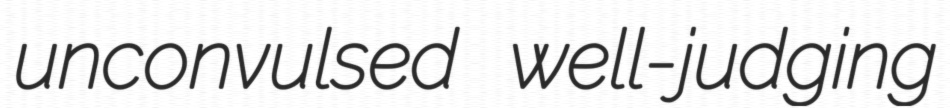
unconvulsed well-judging